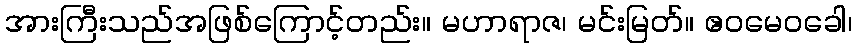
အားကြီးသည်အဖြစ်ကြောင့်တည်း။ မဟာရာဇ၊ မင်းမြတ်။ ဧဝမေဝခေါ၊